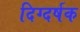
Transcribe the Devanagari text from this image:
दिग्दर्षक